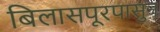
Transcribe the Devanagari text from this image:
बिलासपूरपासुन